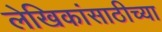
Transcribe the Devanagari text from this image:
लेखिकांसाठीच्या